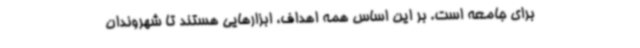
برای جامعه است. بر این اساس همه اهداف، ابزارهایی هستند تا شهروندان